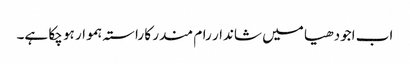
اب اجودھیا میں شاندار رام مندر کا راستہ ہموار ہو چکا ہے۔